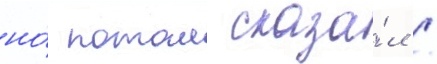
но́ потом сказа́л /